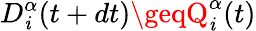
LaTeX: D_{\mathit{i}}^{\alpha}(t+dt)\geqQ_{\mathit{i}}^{\alpha}(t)